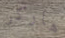
هاركر